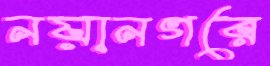
নয়ানগরে